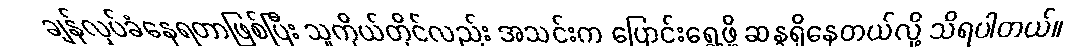
ချန်လှပ်ခံနေရတာဖြစ်ပြီး သူကိုယ်တိုင်လည်း အသင်းက ပြောင်းရွှေ့ဖို့ ဆန္ဒရှိနေတယ်လို့ သိရပါတယ်။